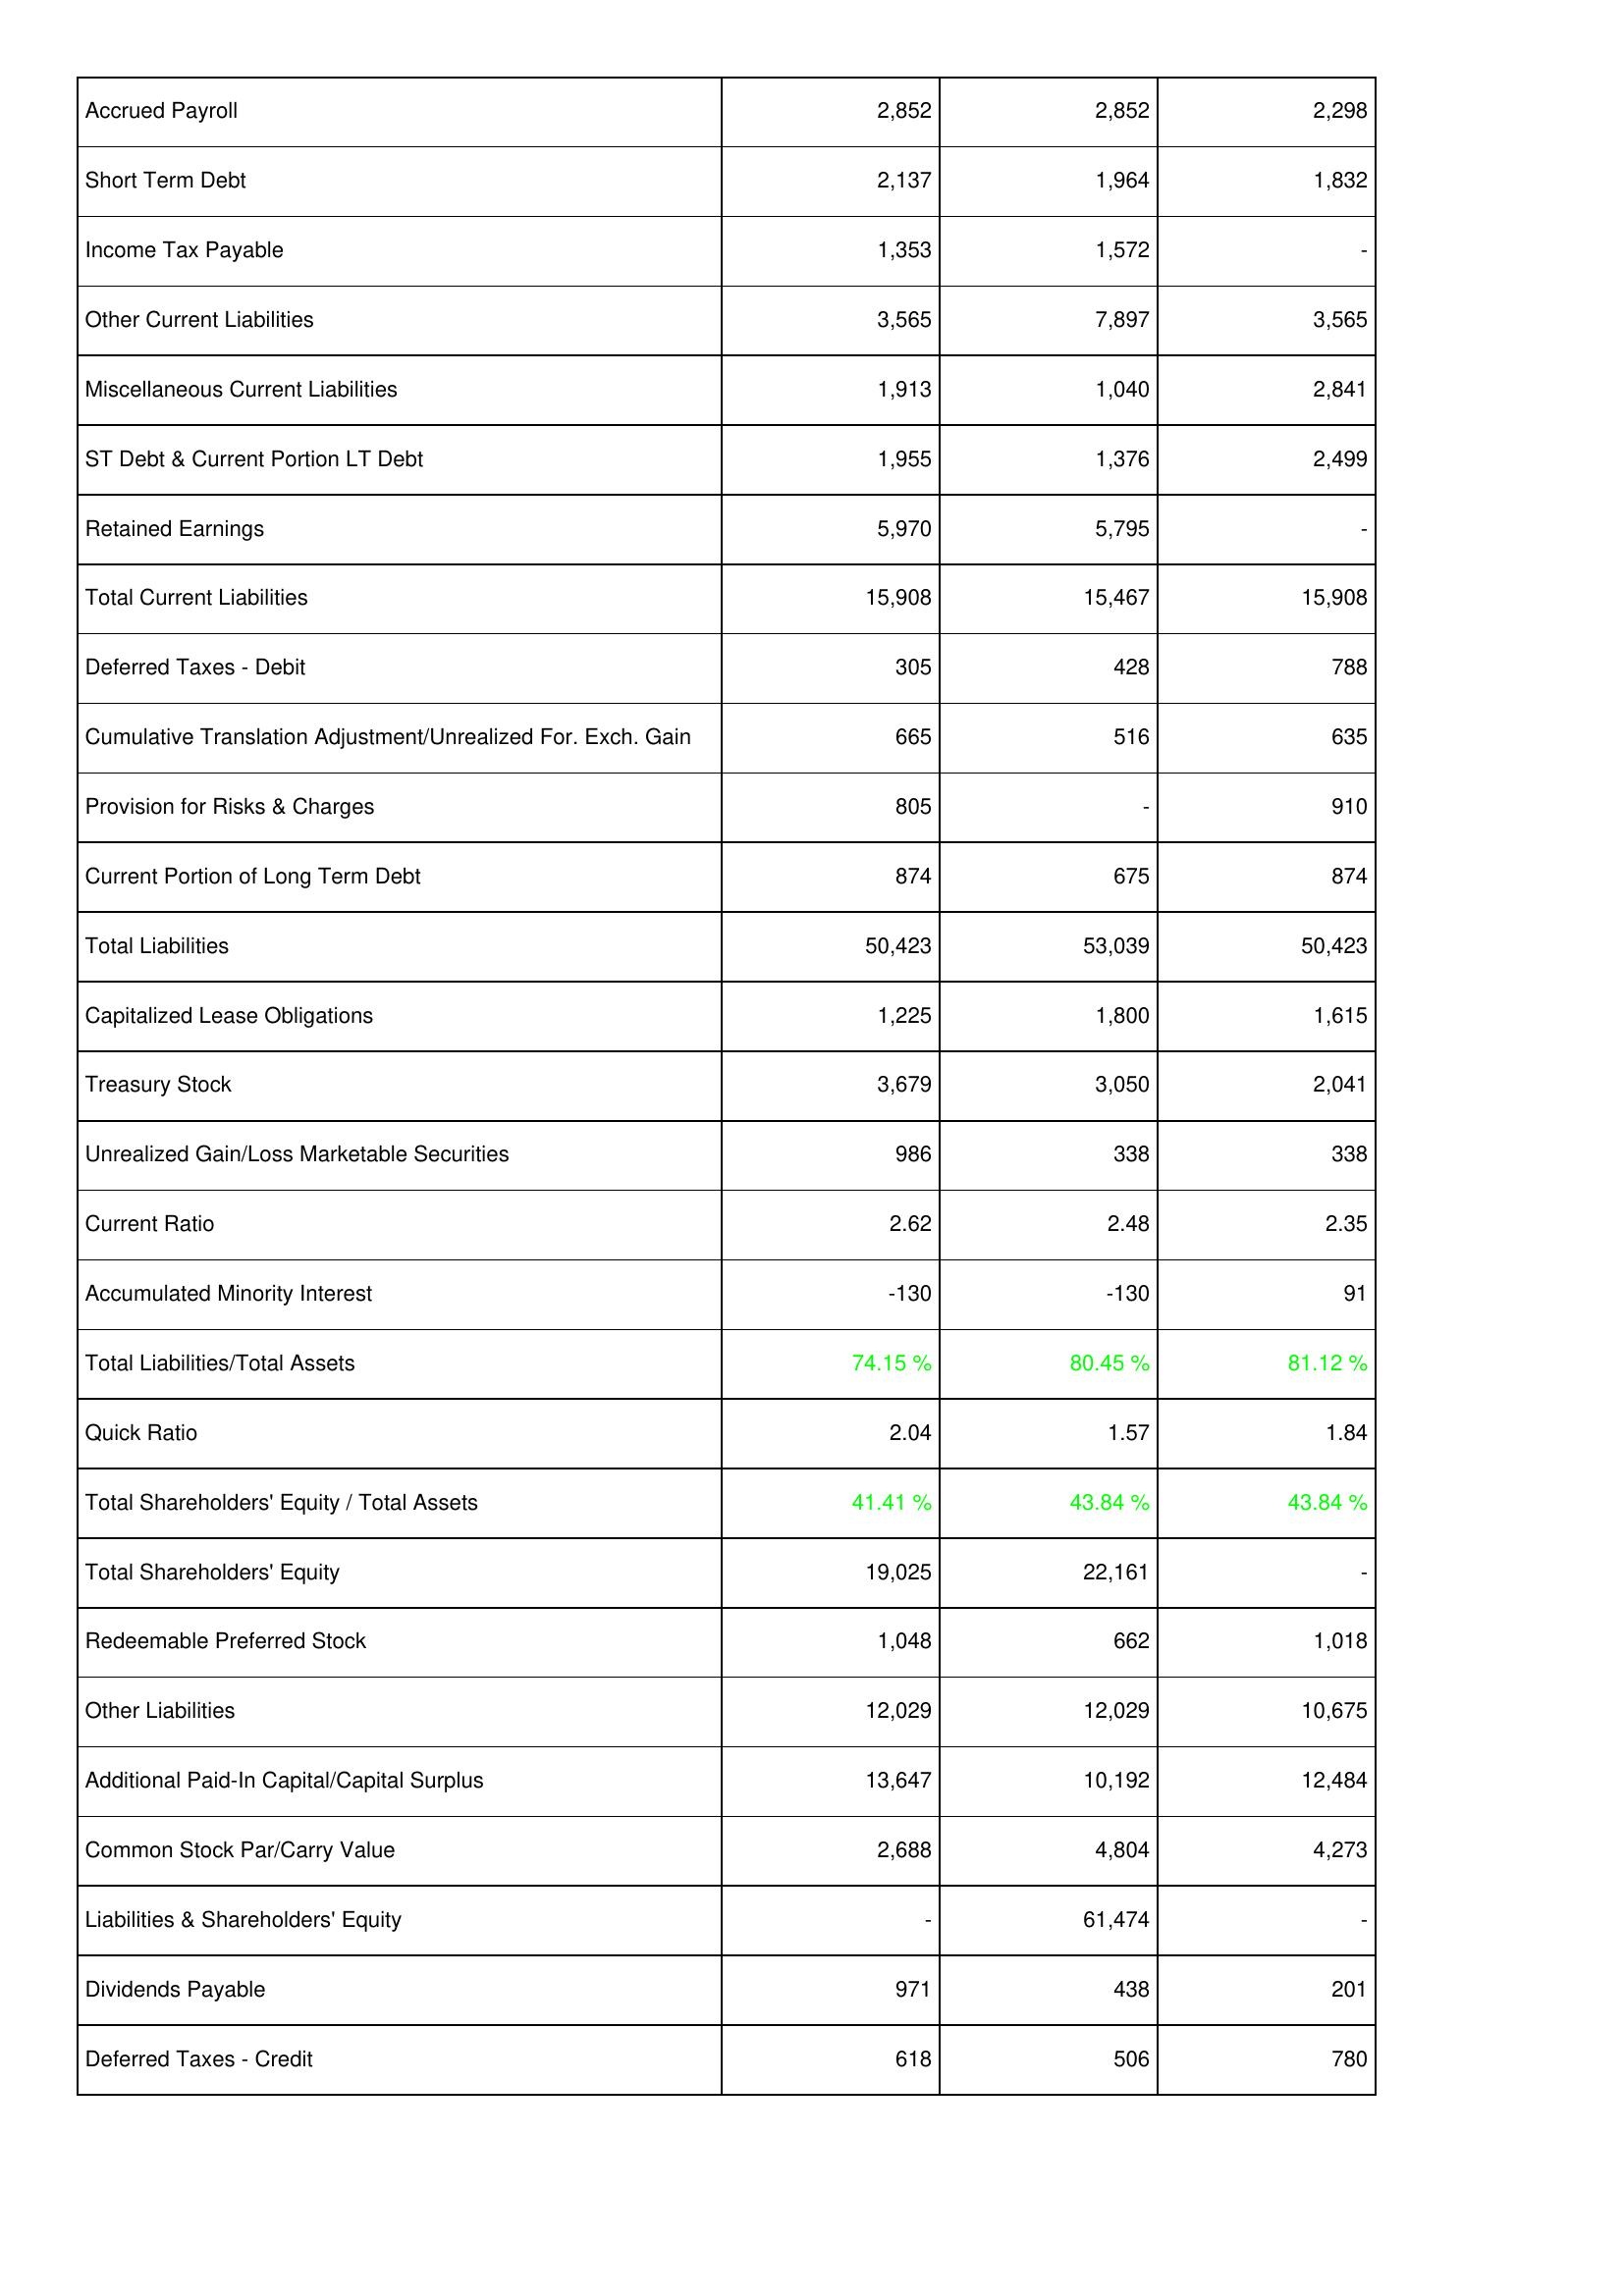
2007: Liabilities & Shareholders' Equity: Accrued Payroll: 2,852
Short Term Debt: 2,137
Income Tax Payable: 1,353
Other Current Liabilities: 3,565
Miscellaneous Current Liabilities: 1,913
ST Debt & Current Portion LT Debt: 1,955
Retained Earnings: 5,970
Total Current Liabilities: 15,908
Deferred Taxes - Debit: 305
Cumulative Translation Adjustment/Unrealized For. Exch. Gain: 665
Provision for Risks & Charges: 805
Current Portion of Long Term Debt: 874
Total Liabilities: 50,423
Capitalized Lease Obligations: 1,225
Treasury Stock: 3,679
Unrealized Gain/Loss Marketable Securities: 986
Current Ratio: 2.62
Accumulated Minority Interest: -130
Total Liabilities/Total Assets: 74.15 %
Quick Ratio: 2.04
Total Shareholders' Equity / Total Assets: 41.41 %
Total Shareholders' Equity: 19,025
Redeemable Preferred Stock: 1,048
Other Liabilities: 12,029
Additional Paid-In Capital/Capital Surplus: 13,647
Common Stock Par/Carry Value: 2,688
Liabilities & Shareholders' Equity: -
Dividends Payable: 971
Deferred Taxes - Credit: 618
2006: Liabilities & Shareholders' Equity: Accrued Payroll: 2,852
Short Term Debt: 1,964
Income Tax Payable: 1,572
Other Current Liabilities: 7,897
Miscellaneous Current Liabilities: 1,040
ST Debt & Current Portion LT Debt: 1,376
Retained Earnings: 5,795
Total Current Liabilities: 15,467
Deferred Taxes - Debit: 428
Cumulative Translation Adjustment/Unrealized For. Exch. Gain: 516
Provision for Risks & Charges: -
Current Portion of Long Term Debt: 675
Total Liabilities: 53,039
Capitalized Lease Obligations: 1,800
Treasury Stock: 3,050
Unrealized Gain/Loss Marketable Securities: 338
Current Ratio: 2.48
Accumulated Minority Interest: -130
Total Liabilities/Total Assets: 80.45 %
Quick Ratio: 1.57
Total Shareholders' Equity / Total Assets: 43.84 %
Total Shareholders' Equity: 22,161
Redeemable Preferred Stock: 662
Other Liabilities: 12,029
Additional Paid-In Capital/Capital Surplus: 10,192
Common Stock Par/Carry Value: 4,804
Liabilities & Shareholders' Equity: 61,474
Dividends Payable: 438
Deferred Taxes - Credit: 506
2005: Liabilities & Shareholders' Equity: Accrued Payroll: 2,298
Short Term Debt: 1,832
Income Tax Payable: -
Other Current Liabilities: 3,565
Miscellaneous Current Liabilities: 2,841
ST Debt & Current Portion LT Debt: 2,499
Retained Earnings: -
Total Current Liabilities: 15,908
Deferred Taxes - Debit: 788
Cumulative Translation Adjustment/Unrealized For. Exch. Gain: 635
Provision for Risks & Charges: 910
Current Portion of Long Term Debt: 874
Total Liabilities: 50,423
Capitalized Lease Obligations: 1,615
Treasury Stock: 2,041
Unrealized Gain/Loss Marketable Securities: 338
Current Ratio: 2.35
Accumulated Minority Interest: 91
Total Liabilities/Total Assets: 81.12 %
Quick Ratio: 1.84
Total Shareholders' Equity / Total Assets: 43.84 %
Total Shareholders' Equity: -
Redeemable Preferred Stock: 1,018
Other Liabilities: 10,675
Additional Paid-In Capital/Capital Surplus: 12,484
Common Stock Par/Carry Value: 4,273
Liabilities & Shareholders' Equity: -
Dividends Payable: 201
Deferred Taxes - Credit: 780